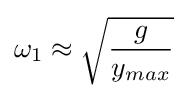
\omega _{1}\approx {\sqrt {\frac {g}{y_{max}}}}